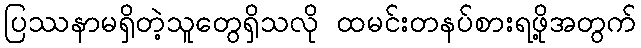
ပြဿနာမရှိတဲ့သူတွေရှိသလို ထမင်းတနပ်စားရဖို့အတွက်